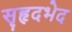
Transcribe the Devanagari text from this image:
सृहृदभेद